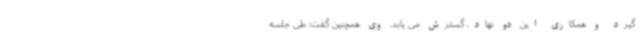
گیرد و همکاری این دو نهاد، گسترش می یابد. وی همچنین گفت: طی جلسه